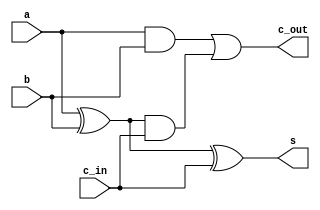
module full_adder(
    input wire a, b, //
    input wire c_in,  //

    output s, c_out
);
    assign s = a ^ b ^ c_in;
    assign c_out = a & b | (a ^ b) & c_in;
endmodule